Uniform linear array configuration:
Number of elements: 4
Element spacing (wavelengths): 0.25
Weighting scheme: blackman
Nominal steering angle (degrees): -45
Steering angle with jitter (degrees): -46.904
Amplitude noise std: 0.05
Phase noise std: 0.05

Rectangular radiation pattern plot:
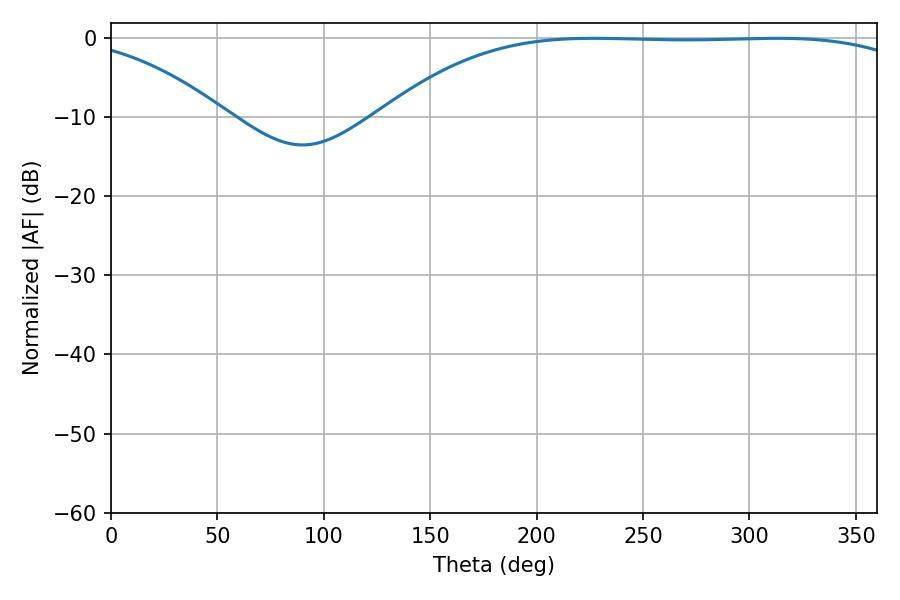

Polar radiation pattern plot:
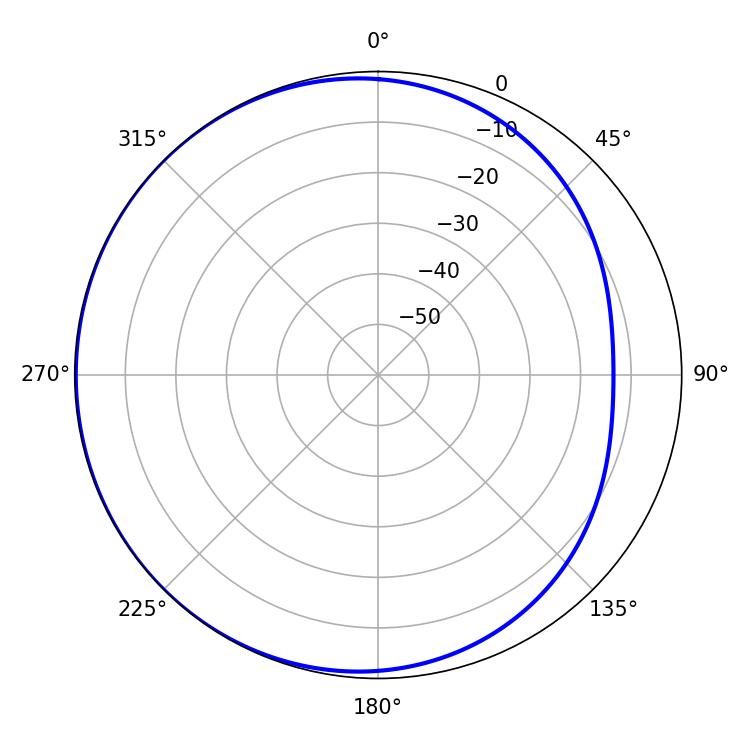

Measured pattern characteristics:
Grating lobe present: FALSE
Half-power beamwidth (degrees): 195.66
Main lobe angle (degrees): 226.8